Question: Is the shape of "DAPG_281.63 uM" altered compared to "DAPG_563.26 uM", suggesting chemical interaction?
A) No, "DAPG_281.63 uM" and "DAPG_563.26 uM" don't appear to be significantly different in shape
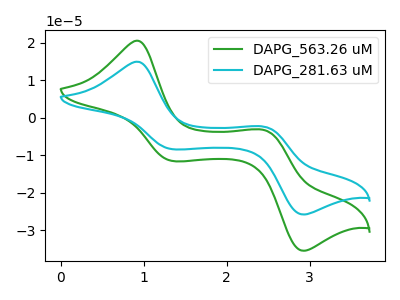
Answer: <think>The green curve "DAPG_563.26 uM" has anodic peaks at (0.90V, 20.55uA) (2.45V, -3.35uA) and cathodic peaks at (1.35V, -11.55uA) (2.90V, -35.55uA). The cyan curve "DAPG_281.63 uM" has anodic peaks at (0.90V, 14.95uA) (2.45V, -2.45uA) and cathodic peaks at (1.35V, -8.40uA) (2.90V, -25.85uA).
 All the peaks in "DAPG_281.63 uM" have a peak in "DAPG_563.26 uM" at the same potential.</think>
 <answer>A) No, "DAPG_281.63 uM" and "DAPG_563.26 uM" don't appear to be significantly different in shape</answer>
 <eval>A</eval>